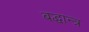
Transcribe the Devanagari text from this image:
बद्धान्त्र